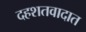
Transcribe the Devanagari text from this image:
दहशतवादात